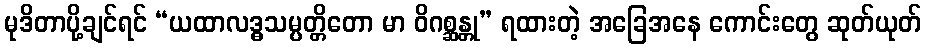
မုဒိတာပို့ချင်ရင် “ယထာလဒ္ဓသမ္ပတ္တိတော မာ ဝိဂစ္ဆန္တု” ရထားတဲ့ အခြေအနေ ကောင်းတွေ ဆုတ်ယုတ်